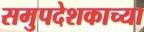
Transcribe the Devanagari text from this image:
समुपदेशकाच्या